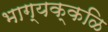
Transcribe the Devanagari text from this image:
भाग्यक्कळि